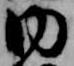
内